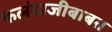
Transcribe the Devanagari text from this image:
फलंदाजीबाबत